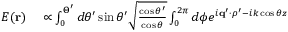
\begin{array} { r l } { E ( \mathbf { r } ) } & { { } \propto \int _ { 0 } ^ { \Theta ^ { \prime } } d \theta ^ { \prime } \sin \theta ^ { \prime } \sqrt { \frac { \cos \theta ^ { \prime } } { \cos \theta } } \int _ { 0 } ^ { 2 \pi } d \phi e ^ { i \mathbf { q } ^ { \prime } \cdot \boldsymbol { \rho } ^ { \prime } - i k \cos \theta z } } \end{array}